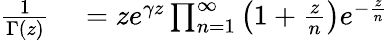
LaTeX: \begin{array}{rl}{{\frac{1}{\Gamma(z)}}}&{{}=ze^{\gamma z}\prod_{n=1}^{\infty}\left(1+{\frac{z}{n}}\right)e^{-{\frac{z}{n}}}}\end{array}